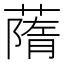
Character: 䔺